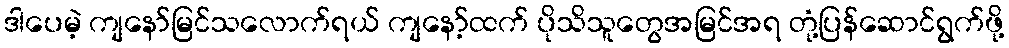
ဒါပေမဲ့ ကျနော်မြင်သလောက်ရယ် ကျနော့်ထက် ပိုသိသူတွေအမြင်အရ တုံ့ပြန်ဆောင်ရွက်ဖို့